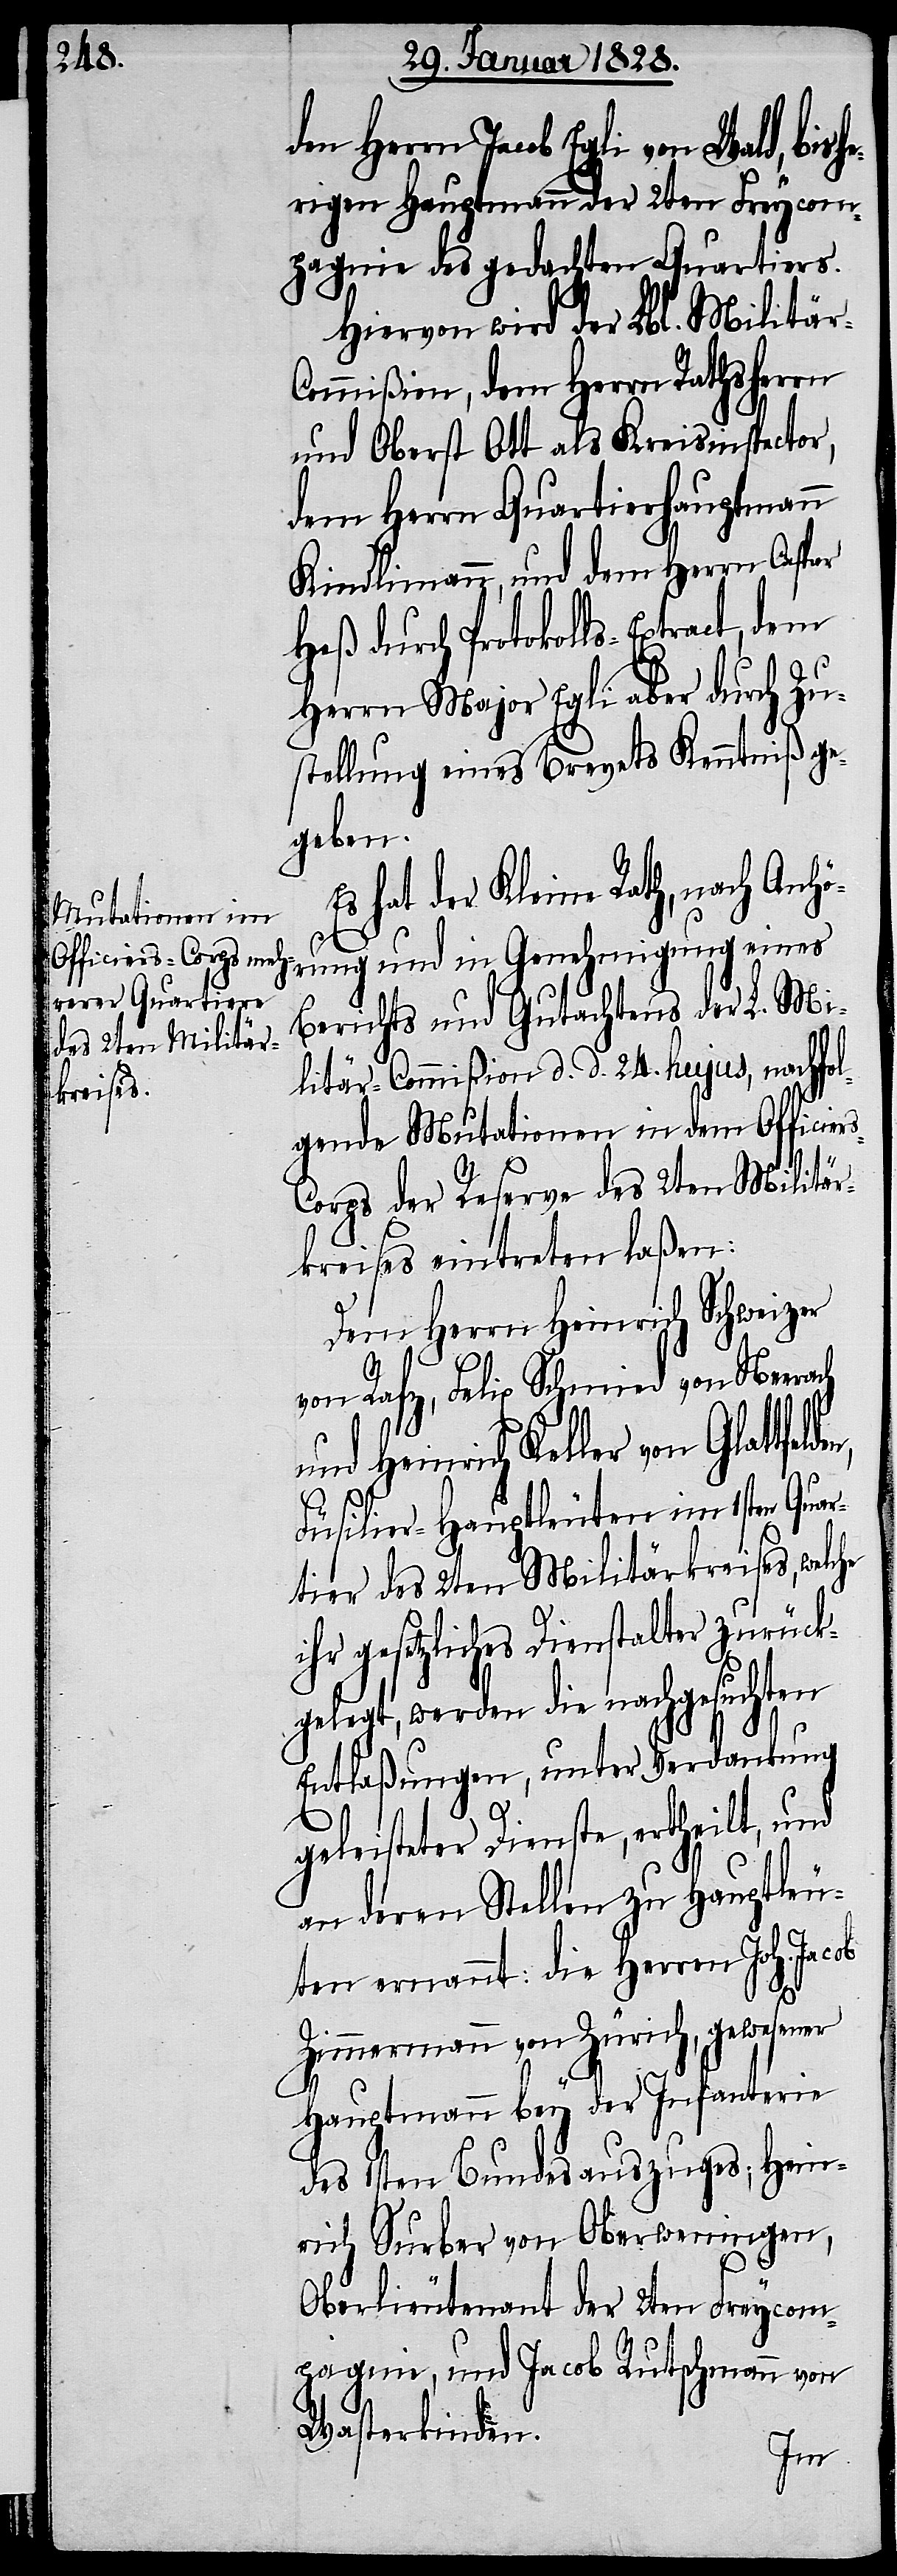
rs-C¬

den Herrn Jacob Egli von Wald, bis¬
herigen Hauptmann der 2ten Freycom¬
pagnie des gedachten Quartiers.
Hiervon wird der Lbl. Militär-C¬
ommißion, dem Herrn Rathsherr
und Oberst Ott als Kreisinspector,
dem Herrn Quartierhauptmann
Kindlimann, und dem Herrn Caspar
Heß durch Protokolls-Extract, dem
Herrn Major Egli aber durch Zu¬
stellung eines Brevets Kenntniß ge¬
geben.
Es hat der Kleine Rath, nach Anhö¬
rung und in Genehmigung eines
Berichts und Gutachtens der L. Mi¬
litär-Commißion d. d. 24. hujus, nachfol¬
gende Mutationen in dem Officie¬
orps der Reserve des 2ten Militär¬
kreises eintreten laßen:
Dem Herrn Heinrich Schweizer
von Rafz, Felix Schmied von Neerach
und Heinrich Keller von
Füsilier-Hauptleuten im 1sten Quar¬
tier des 2ten Militärkreises, welche
ihr gesetzliches Dienstalter zurück¬
gelegt, werden die nachgesuchten
Entlaßungen, unter Verdankung
geleisteter Dienste, ertheilt, und
an deren Stellen zu Hauptleu¬
ten ernannt: die Herren Joh. Jacob
Zimmermann von Zürich, gewesener
Hauptmann bey der Infanterie
des 1sten Bundesauszuges; Hein¬
rich Surber von Oberweningen,
Oberlieutenant der 2ten Freycom¬
pagnie, und Jacob Rutschmann von
Wasterkinden.